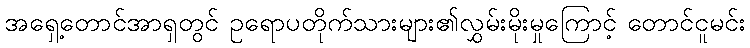
အရှေ့တောင်အာရှတွင် ဥရောပတိုက်သားများ၏လွှမ်းမိုးမှုကြောင့် တောင်ငူမင်း